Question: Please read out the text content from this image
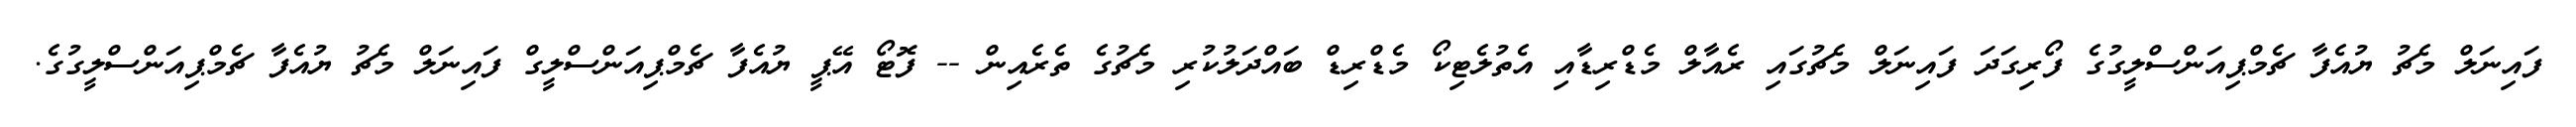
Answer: ފައިނަލް މެޗު ޔުއެފާ ޗެމްޕިއަންސްލީގުގެ ފޯރިގަދަ ފައިނަލް މެޗުގައި ރެއާލް މެޑްރިޑާއި އެތުލެޓިކޯ މެޑްރިޑް ބައްދަލުކުރި މެޗުގެ ތެރެއިން -- ފޮޓޯ އޭޕީ ޔުއެފާ ޗެމްޕިއަންސްލީގް ފައިނަލް މެޗު ޔުއެފާ ޗެމްޕިއަންސްލީގުގެ.